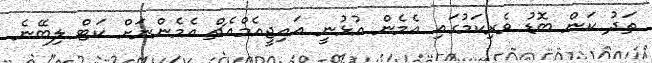
ތަދު ކަން ބޮޑު ވެރިކަމުގައި އެމެން އުޅުނީ އައިޖީއެމްއެޗް އެމެންނަށް ކަޓް ލިބޭނެ